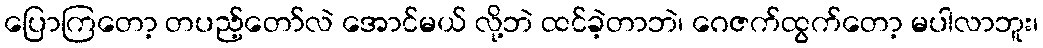
ပြောကြတော့ တပည့်တော်လဲ အောင်မယ် လို့ဘဲ ထင်ခဲ့တာဘဲ၊ ဂေဇက်ထွက်တော့ မပါလာဘူး၊